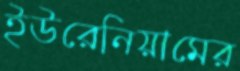
ইউরেনিয়ামের